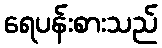
ရေပန်းစားသည်